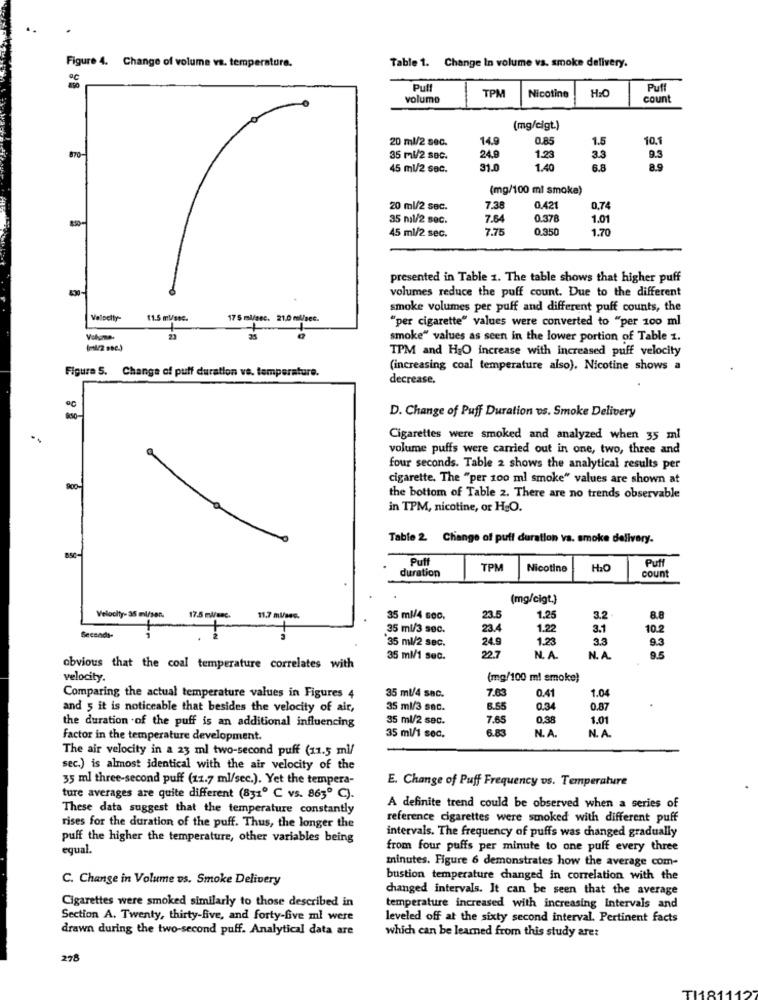
Figure 4. Change of volume vs. temperature.
Table 1. Change In volume vs. smoke delivery.
Puff
TPM
H2O
Puff
volume
Nicotine
count
(mg/cigt.)
20 ml/2 sec.
14.9
0.85
1.5
10.1
9.3
870
35 ml/2 sec.
24.9
1.23
3.3
45 ml/2 sec.
31.0
1.40
6.8
8.9
(mg/100 ml smoke)
20 ml/2 sec.
7.38
0.421
0,74
35 mal/2 sec.
7.64
0.378
1.01
7.75
0.950
1.70
45 ml/2 sec.
presented in Table 1. The table shows that higher puff
volumes reduce the puff count. Due to the different
smoke volumes per puff and different puff counts, the
Valpelty-
11.5 ml/ste.
175 ml/sec. 21.0 ml/sec.
"per cigarette" values were converted to "per 100 ml
smoke" values as seen in the lower portion of Table 1.
(mica soc.)
TPM and H&O increase with increased puff velocity
Figure 5. Change of puff duration ve. temperature.
(increasing coal temperature also). Nicotine shows a
decrease,
D. Change of Puff Duration vs. Smoke Delivery
Cigarettes were smoked and analyzed when 35 ml
volume puffs were carried out in one, two, three and
four seconds. Table 2 shows the analytical results per
cigarette, The "per 100 ml smoke" values are shown at
900
the bottom of Table 2. There are no trends observable
in TPM, nicotine, or H&O.
Table 2 Change of puff duration va. smoke delivery.
85C
Puff
duration
TPM
Nicotine
HiO
Puff
count
(mg/cigt.}
Velocity- 35 ml/s80.
17.5 ml/sec.
11.7 ml/sec.
35 ml/4 soc,
23.5
1.25
3.2
8.8
35 ml/3 sec.
23.4
1.22
3.1
10.2
Secondi-
24.9
1.23
3.3
9.3
'35 ml/2 sec.
227
35 ml/1 sec.
N. A.
N. A.
9.5
obvious that the coal temperature correlates with
velocity.
(mg/100 ml smoke)
7.63
0.41
1.04
Comparing the actual temperature values in Figures 4
35 ml/4 sac.
and 5 it is noticeable that besides the velocity of air,
35 ml/3 sac.
6.55
0.34
0.87
the duration of the puff is an additional influencing
35 ml/2 sec.
7.65
0,38
1.01
6.83
N. A.
N. A
Factor in the temperature development.
35 ml/1 sec.
The air velocity in a 23 ml two-second puff (11.5 ml/
sec.) is almost identical with the air velocity of the
35 ml three-second puff (11.7 ml/sec.). Yet the tempera-
E. Change of Puff Frequency vs. Temperature
ture averages are quite different (831º C vs. 863º C).
These data suggest that the temperature constantly
A definite trend could be observed when a series of
rises for the duration of the puff. Thus, the longer the
reference cigarettes were smoked with different puff
intervals. The frequency of puffs was changed gradually
puff the higher the temperature, other variables being
equal.
from four puffs per minute to one puff every three
minutes. Figure 6 demonstrates how the average com-
C. Change in Volume vs. Smoke Delivery
bustion temperature changed in correlation with the
changed intervals. It can be seen that the average
Cigarettes were smoked similarly to those described in
temperature increased with increasing Intervals and
Section A. Twenty, thirty-five, and forty-five ml were
leveled off at the sixty second interval. Pertinent facts
drawn during the two-second puff. Analytical data are
which can be learned from this study are:
278